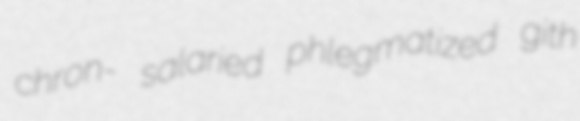
chron- salaried phlegmatized gith